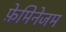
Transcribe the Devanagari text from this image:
फ़ेमिनेजम